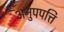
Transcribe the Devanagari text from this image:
अनुपपत्ति